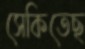
সেকিতেছ